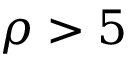
\rho > 5